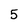
Character: 5